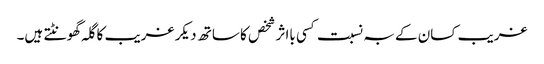
غریب کسان کے بہ نسبت کسی بااثر شخص کا ساتھ دیکر غریب کا گلہ گھونٹتے ہیں۔